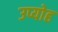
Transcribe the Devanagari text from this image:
उप्योह